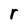
Character: r